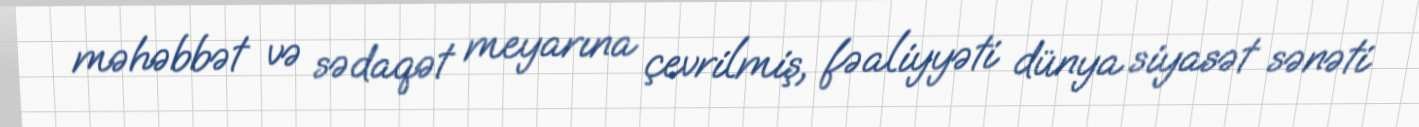
məhəbbət və sədaqət meyarına çevrilmiş, fəaliyyəti dünya siyasət sənəti